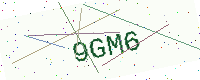
Text: 9GM6